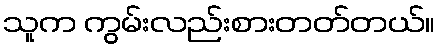
သူက ကွမ်းလည်းစားတတ်တယ်။